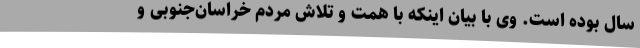
سال بوده است. وی با بیان اینکه با همت و تلاش مردم خراسان‌جنوبی و